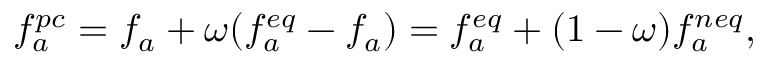
f _ { a } ^ { p c } = f _ { a } + \omega ( f _ { a } ^ { e q } - f _ { a } ) = f _ { a } ^ { e q } + ( 1 - \omega ) f _ { a } ^ { n e q } ,